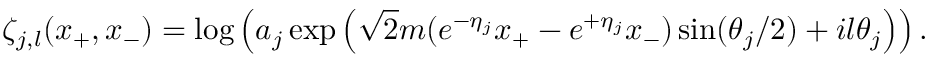
\zeta _ { j , l } ( x _ { + } , x _ { - } ) = \log \left( a _ { j } \exp \left( \sqrt { 2 } m ( e \sp { - \eta _ { j } } x _ { + } - e \sp { + \eta _ { j } } x _ { - } ) \sin ( \theta _ { j } / 2 ) + i l \theta _ { j } \right) \right) .